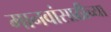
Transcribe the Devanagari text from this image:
मानवांसाठीच्या